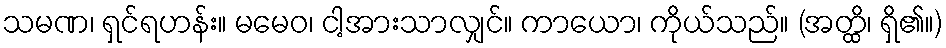
သမဏ၊ ရှင်ရဟန်း။ မမေဝ၊ ငါ့အားသာလျှင်။ ကာယော၊ ကိုယ်သည်။ (အတ္ထိ၊ ရှိ၏။)